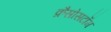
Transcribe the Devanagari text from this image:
क्रैसोसटॉम